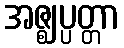
အဇ္ဈပ္ပတ္တာ